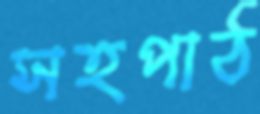
সহপাঠ